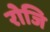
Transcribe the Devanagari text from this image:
रोजि